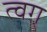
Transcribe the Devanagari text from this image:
त्वग्